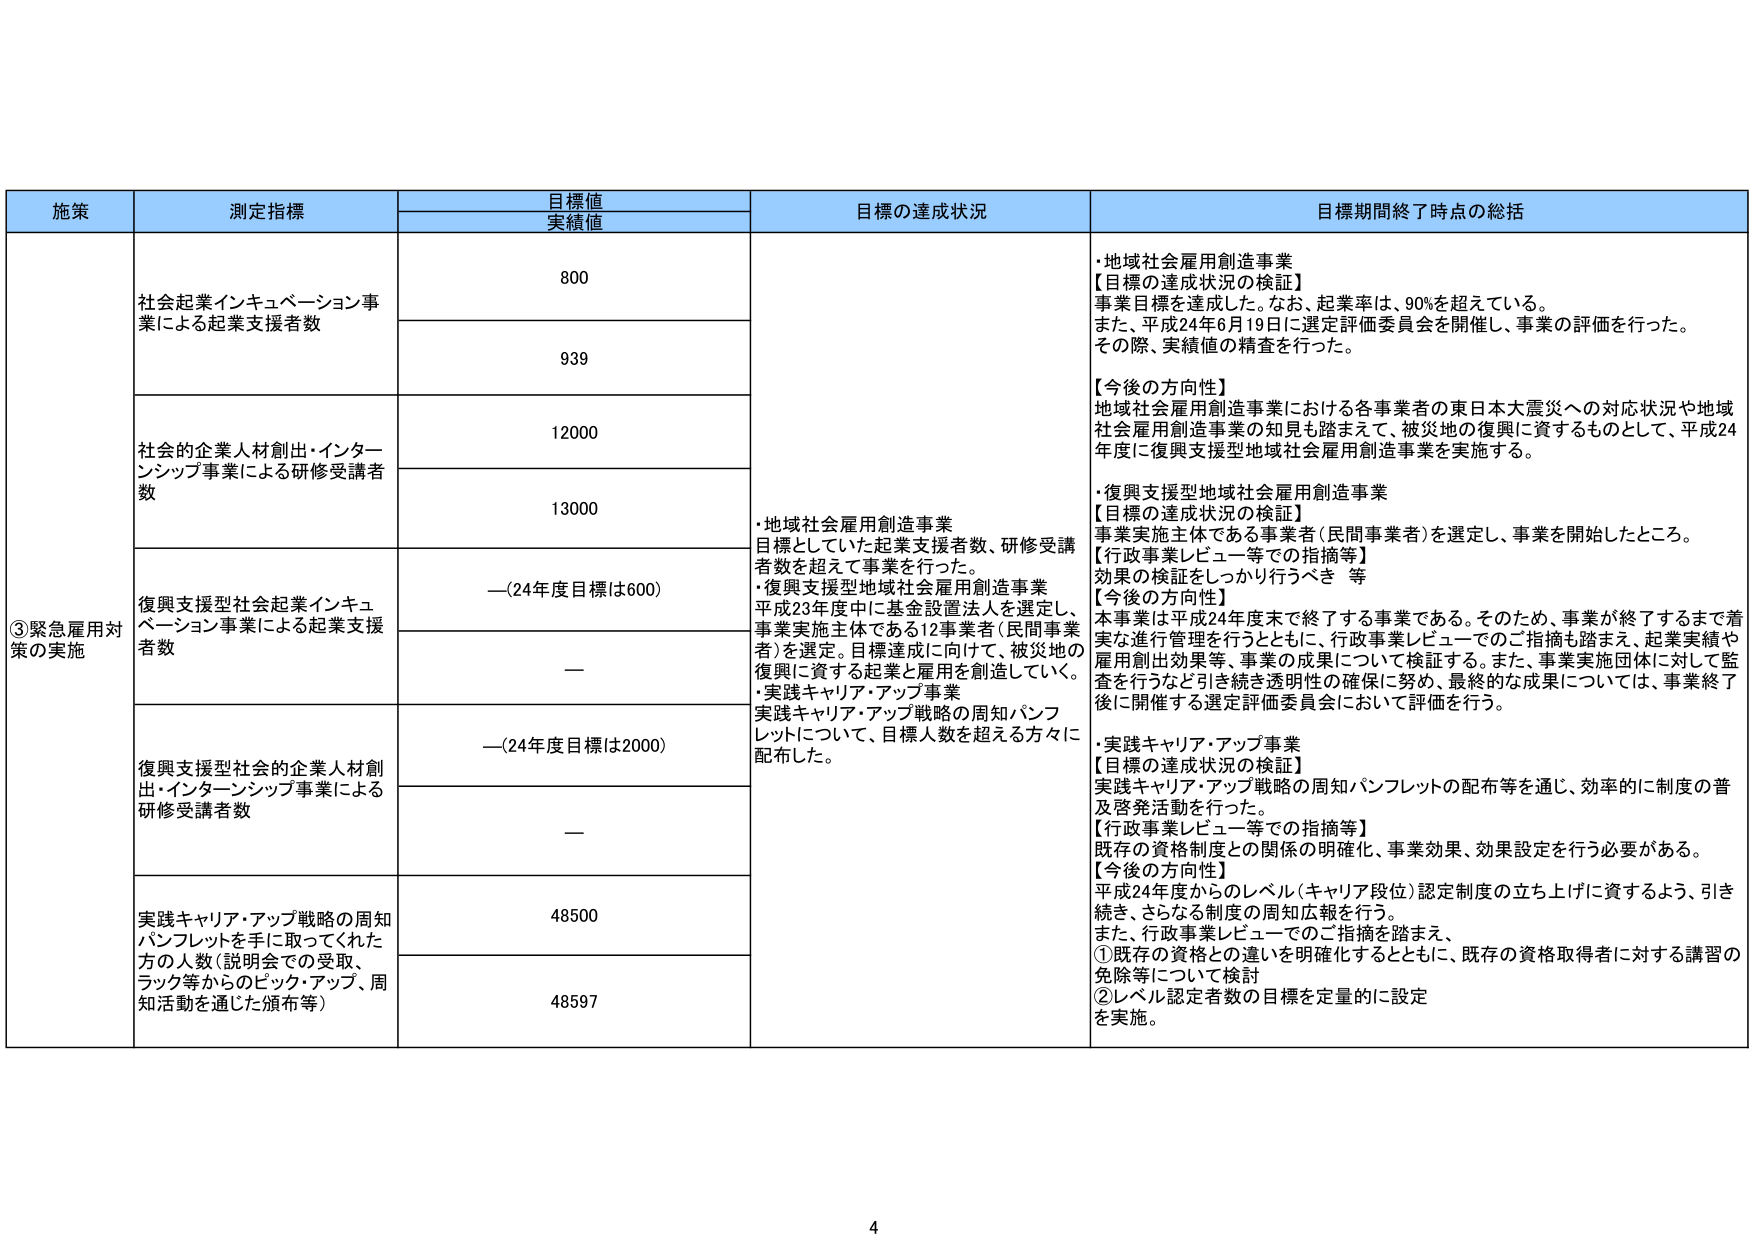
施策 測定指標 目標値 実績値 目標の達成状況 目標期間終了時点の総括 ③緊急雇用対策の実施 社会起業インキュベーション事業による起業支援者数 800 939 社会の企業人材創出・インターンシップ事業による研修受講者数 12000 13000 復興支援型社会起業インキュベーション事業による起業支援者数 —（24年度目標は600） — 復興支援型社会の企業人材創出・インターンシップ事業による研修受講者数 —（24年度目標は2000） — 実践キャリア・アップ戦略の周知パンフレットを手に取ってくれた方の人数（説明会での受取、ランク等からのピック・アップ、周知活動を通じた頒布等） 48500 48597 ・地域社会雇用創造事業 目標としていた起業支援者数、研修受講者数を超えて事業を行った。 ・復興支援型地域社会雇用創造事業 平成23年度中に基金設置法人を選定し、事業実施主体である12事業者（民間事業者）を選定。目標達成に向けて、被災地の復興に資する起業と雇用を創造していく。 ・実践キャリア・アップ事業 実践キャリア・アップ戦略の周知パンフレットについて、目標人数を超える方々に配布した。 ・地域社会雇用創造事業 【目標の達成状況の検証】 事業目標を達成した。なお、起業率は、90％を超えている。 また、平成24年6月19日に選定評価委員会を開催し、事業の評価を行った。 その際、実績値の精査を行った。 【今後の方向性】 地域社会雇用創造事業における各事業者の東日本大震災への対応状況や地域社会雇用創造事業の知見も踏まえて、被災地の復興に資するものとして、平成24年度に復興支援型地域社会雇用創造事業を実施する。 ・復興支援型地域社会雇用創造事業 【目標の達成状況の検証】 事業実施主体である事業者（民間事業者）を選定し、事業を開始したところ。 【行政事業レビュー等での指摘等】 効果の検証をしっかり行うべき 等 【今後の方向性】 本事業は平成24年度末で終了する事業である。そのため、事業が終了するまで着実な進行管理を行うとともに、行政事業レビューでのご指摘も踏まえ、起業実績や雇用創出効果等、事業の成果について検証する。また、事業実施団体に対して監査を行うなど引き続き透明性の確保に努め、最終的な成果については、事業終了後に開催する選定評価委員会において評価を行う。 ・実践キャリア・アップ事業 【目標の達成状況の検証】 実践キャリア・アップ戦略の周知パンフレットの配布等を通じ、効率的に制度の普及啓発活動を行った。 【行政事業レビュー等での指摘等】 既存の資格制度との関係の明確化、事業効果、効果設定を行う必要がある。 【今後の方向性】 平成24年度からのレベル（キャリア段位）認定制度の立ち上げに資するよう、引き続き、さらなる制度の周知広報を行う。 また、行政事業レビューでのご指摘を踏まえ、 ①既存の資格との違いを明確化するとともに、既存の資格取得者に対する講習の免除等について検討 ②レベル認定者数の目標を定量的に設定 を実施。 4